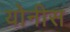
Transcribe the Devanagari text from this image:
योनीस